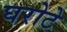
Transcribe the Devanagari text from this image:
घरोटे